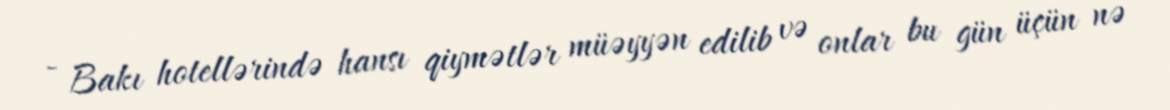
- Bakı hotellərində hansı qiymətlər müəyyən edilib və onlar bu gün üçün nə